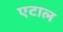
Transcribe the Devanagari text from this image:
एटाल